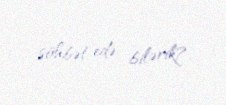
söhbət edə bilərik?.